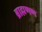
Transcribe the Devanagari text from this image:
ब्राह्मणण